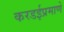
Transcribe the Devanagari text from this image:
करडईप्रमाणे